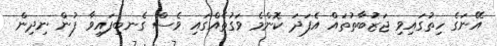
އޭނަގެ ހިތުގައިވި ޖަޒުބާތުތައް އެފަދަ ކޮންމެ ވަގުތެއްގައި ވެސް ގެނބިފައިވާ ފުން ނިދިން